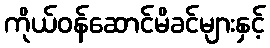
ကိုယ်ဝန်ဆောင်မိခင်များနှင့်